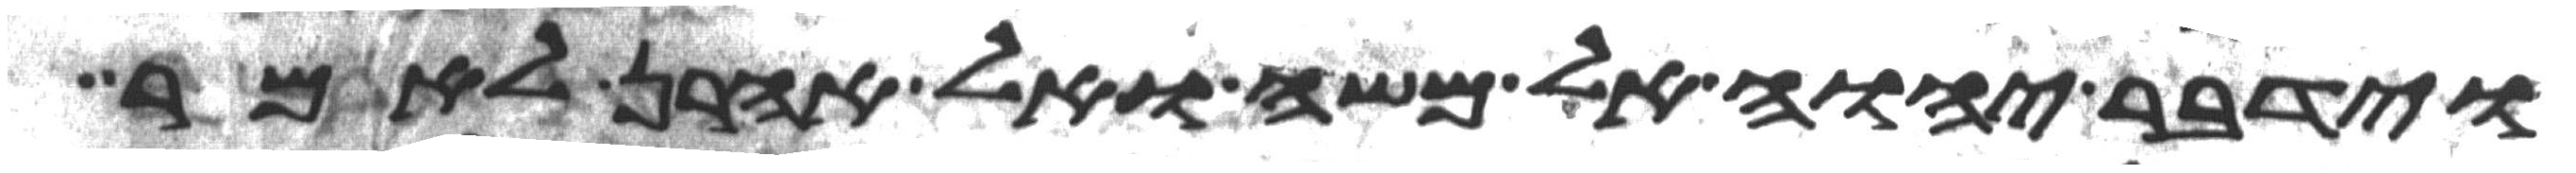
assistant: וידבר יהוה אל משה ואל אהרן לאמר